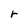
Character: r